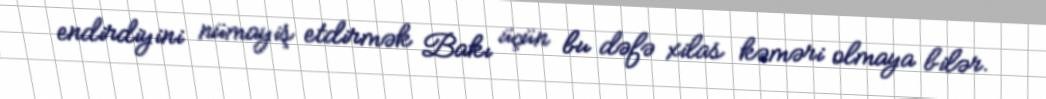
endirdiyini nümayiş etdirmək Bakı üçün bu dəfə xilas kəməri olmaya bilər.